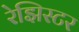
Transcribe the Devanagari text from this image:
रेझिस्टर